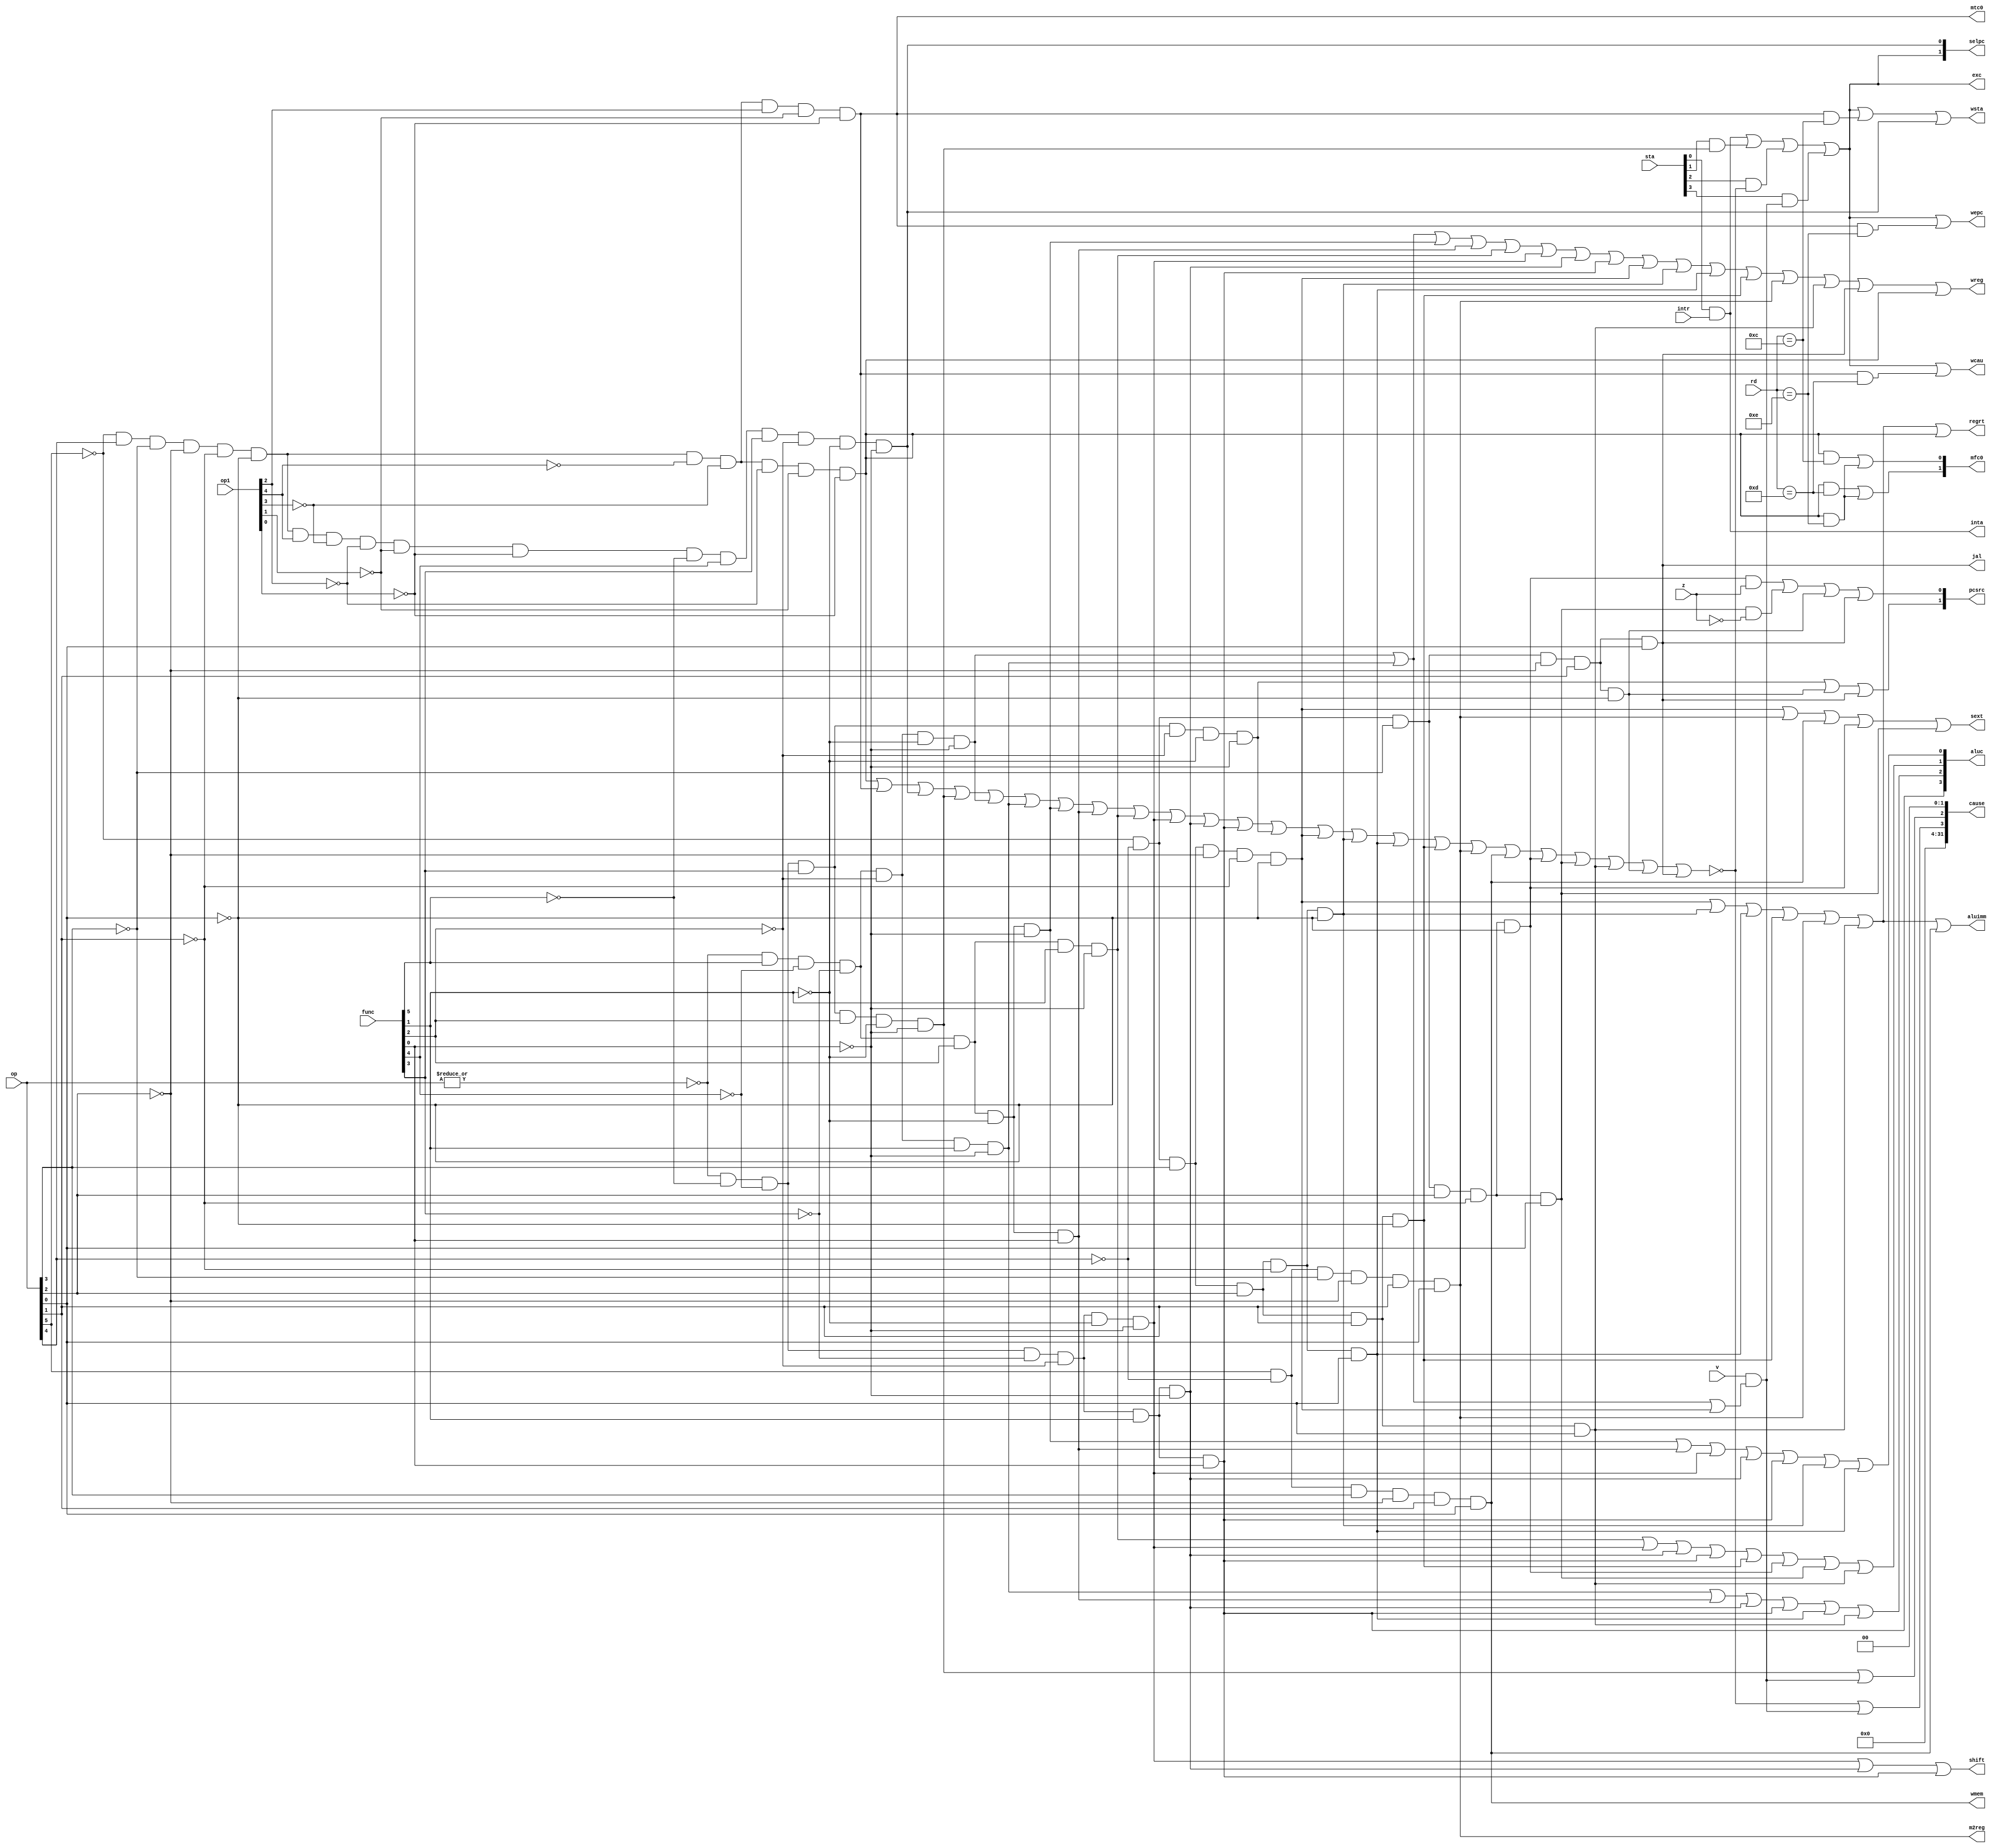
module sccu_intr (op,op1,rd,func,z,wmem,wreg,regrt,m2reg,aluc,shift,aluimm,
pcsrc,jal,sext,intr,inta,v,sta,cause,exc,wsta,wcau,wepc,
mtc0,mfc0,selpc); // control unit
input [31:0] sta; // c0 status
input [5:0] op, func; // op, func
input [4:0] op1, rd; // op1, rd
input z, v; // z, v flags
input intr; // interrupt request
output [31:0] cause; // c0 cause
output [3:0] aluc; // alu control
output [1:0] mfc0; // move from c0 regs
output [1:0] selpc; // select for pc
output [1:0] pcsrc; // select pc source
output wreg,regrt,jal,m2reg,shift,aluimm,sext,wmem;
output inta; // interrupt ack
output exc; // exc or int occurs
output wsta; // write status reg
output wcau; // write cause reg
output wepc; // move to c0 regs
output mtc0; // move to c0 regs
wire rtype = ~|op; // r format
wire i_add = rtype& func[5]& ~func[4]& ~func[3]& ~func[2]& ~func[1]& ~func[0];
wire i_sub = rtype& func[5]& ~func[4]& ~func[3]& ~func[2]& func[1]& ~func[0];
wire i_and = rtype& func[5]& ~func[4]& ~func[3]& func[2]& ~func[1]& ~func[0];
wire i_or = rtype& func[5]& ~func[4]& ~func[3]& func[2]& ~func[1]& func[0];
wire i_xor = rtype& func[5]& ~func[4]& ~func[3]& func[2]& func[1]& ~func[0];
wire i_sll = rtype& ~func[5]& ~func[4]& ~func[3]& ~func[2]& ~func[1]& ~func[0];
wire i_srl = rtype& ~func[5]& ~func[4]& ~func[3]& ~func[2]& func[1]& ~func[0];
wire i_sra = rtype& ~func[5]& ~func[4]& ~func[3]& ~func[2]& func[1]& func[0];
wire i_jr = rtype& ~func[5]& ~func[4]& func[3]& ~func[2]& ~func[1]& ~func[0];
wire i_addi = ~op[5] & ~op[4] & op[3] & ~op[2] & ~op[1] & ~op[0]; // i format
wire i_andi = ~op[5] & ~op[4] & op[3] & op[2] & ~op[1] & ~op[0];
wire i_ori = ~op[5] & ~op[4] & op[3] & op[2] & ~op[1] & op[0];
wire i_xori = ~op[5] & ~op[4] & op[3] & op[2] & op[1] & ~op[0];
wire i_lw = op[5] & ~op[4] & ~op[3] & ~op[2] & op[1] & op[0];
wire i_sw = op[5] & ~op[4] & op[3] & ~op[2] & op[1] & op[0];
wire i_beq = ~op[5] & ~op[4] & ~op[3] & op[2] & ~op[1] & ~op[0];
wire i_bne = ~op[5] & ~op[4] & ~op[3] & op[2] & ~op[1] & op[0];
wire i_lui = ~op[5] & ~op[4] & op[3] & op[2] & op[1] & op[0];
wire i_j = ~op[5] & ~op[4] & ~op[3] & ~op[2] & op[1] & ~op[0]; // j format
wire i_jal = ~op[5] & ~op[4] & ~op[3] & ~op[2] & op[1] & op[0];
wire c0type = ~op[5] & op[4] & ~op[3] & ~op[2] & ~op[1] & ~op[0];
wire i_mfc0 = c0type & ~op1[4] & ~op1[3] & ~op1[2] & ~op1[1] & ~op1[0];
wire i_mtc0 = c0type & ~op1[4] & ~op1[3] & op1[2] & ~op1[1] & ~op1[0];
wire i_eret = c0type & op1[4] & ~op1[3] & ~op1[2] & ~op1[1] & ~op1[0] & ~func[5] & func[4] & func[3] & ~func[2] & ~func[1] & ~func[0];
wire i_syscall = rtype & ~func[5] & ~func[4] & func[3] & func[2] & ~func[1] & ~func[0];
wire unimplemented_inst = ~(i_mfc0 | i_mtc0 | i_eret | i_syscall | i_add | i_sub | i_and | i_or | i_xor | i_sll | i_srl | i_sra | i_jr | i_addi | i_andi | i_ori | i_xori | i_lw | i_sw | i_beq | i_bne| i_lui| i_j| i_jal);
wire rd_is_status = (rd == 5'd12); // is cp0 status reg
wire rd_is_cause = (rd == 5'd13); // is cp0 cause reg
wire rd_is_epc = (rd == 5'd14); // is cp0 epc reg
wire overflow=v& (i_add | i_sub | i_addi); // overflow
wire int_int = sta[0] & intr; // sta[0]: enable
wire exc_sys = sta[1] & i_syscall; // sta[1]: enable
wire exc_uni = sta[2] & unimplemented_inst; // sta[2]: enable
wire exc_ovr = sta[3] & overflow; // sta[3]: enable
assign inta = int_int; // interrupt ack
// exccode:00: intr // generate exccode
// 0 1 : i_syscall
// 1 0 : unimplemented_inst
// 1 1 : overflow
wire exccode0 = i_syscall | overflow;
wire exccode1 = unimplemented_inst | overflow;
// mfc0: 0 0 : alu_mem // generate mux sel
// 0 1 : sta
// 1 0 : cau
// 1 1 : epc
assign mfc0[0] = i_mfc0 & rd_is_status | i_mfc0 & rd_is_epc;
assign mfc0[1] = i_mfc0 & rd_is_cause | i_mfc0 & rd_is_epc;
// selpc: 0 0 : npc // generate mux sel
// 0 1 : epc
// 1 0 : exc_base
// 11:x
assign selpc[0] = i_eret;
assign selpc[1] = exc;
assign cause = {28'h0,exccode1,exccode0,2'b00}; // cause
assign exc = int_int | exc_sys | exc_uni | exc_ovr; // exc or int occurs
assign mtc0 = i_mtc0; // highest priority
assign wsta = exc | mtc0 & rd_is_status | i_eret; // write status reg
assign wcau = exc | mtc0 & rd_is_cause; // write cause reg
assign wepc = exc | mtc0 & rd_is_epc; // write epc reg
assign regrt = i_addi| i_andi| i_ori| i_xori| i_lw | i_lui| i_mfc0;
assign jal = i_jal;
assign m2reg = i_lw;
assign wmem = i_sw;
assign aluc[3] = i_sra; // refer to alu_ov.v
assign aluc[2] = i_sub| i_or| i_srl| i_sra| i_ori| i_lui;
assign aluc[1] = i_xor| i_sll| i_srl| i_sra| i_xori| i_beq| i_bne| i_lui;
assign aluc[0] = i_and| i_or| i_sll| i_srl| i_sra| i_andi| i_ori;
assign shift = i_sll | i_srl | i_sra;
assign aluimm = i_addi| i_andi| i_ori| i_xori| i_lw | i_lui| i_sw;
assign sext = i_addi| i_lw | i_sw | i_beq | i_bne;
assign pcsrc[1] = i_jr | i_j | i_jal;
assign pcsrc[0] = i_beq & z | i_bne & ~z | i_j | i_jal;
assign wreg = i_add | i_sub | i_and| i_or | i_xor| i_sll| i_srl| i_sra|
i_addi| i_andi| i_ori| i_xori| i_lw | i_lui| i_jal| i_mfc0;
endmodule